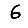
Digit: 6